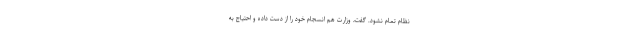
نظام تمام نشود. گفت، وزارت هم انسجام خود را از دست داده و احتیاج به